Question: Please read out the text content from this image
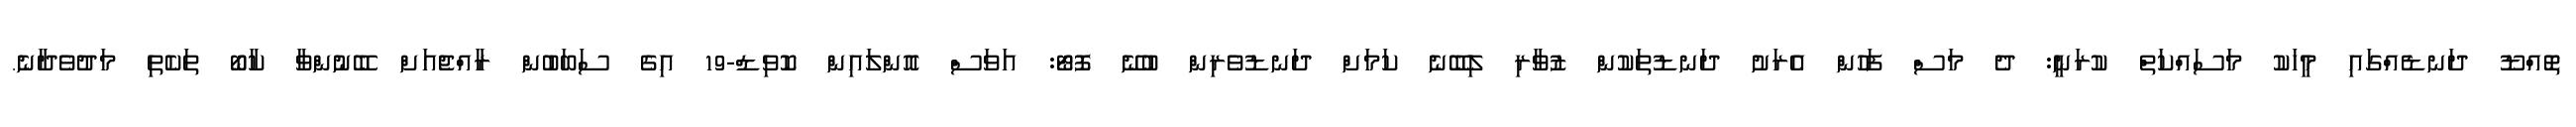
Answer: ތޮއްޑޫ ދަނޑެއްގައި މީހަކު މަސައްކަތް ކުރަނީ: ދެ މަސް ފަހުން އެރަށު ދަނޑުތަކުން ޒުވާރި ލިބޭނެ ކަމަށް ދަނޑުވެރިން ބުނޭ ފޮޓޯ: އަވަސް އޮންލައިން ކޮވިޑް-19 އިގެ ސަބަބުން ރާއްޖެއަށް ބޭނުންވާ ކާބޯ ތަކެތި މަދުވެދާނެ.